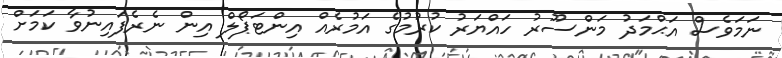
ނަމަވެސް އަޙްމަދު މަންސޫރު ހައްޔަރު ކުރުމުގެ އަމުރެއް އިންޓަޕޯލް އިން ނެރެފައިނުވާ ކަމަށް